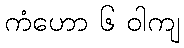
ကံဟော ၆ ဝါကျ